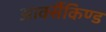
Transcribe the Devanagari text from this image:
आर्क्सैकिण्ड